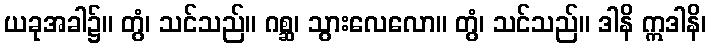
ယခုအခါ၌။ တွံ၊ သင်သည်။ ဂစ္ဆ၊ သွားလေလော။ တွံ၊ သင်သည်။ ဒါနိ ဣဒါနိ၊